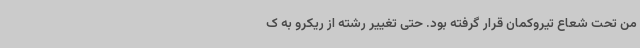
من تحت شعاع تیروکمان قرار گرفته بود. حتی تغییر رشته از ریکرو به ک